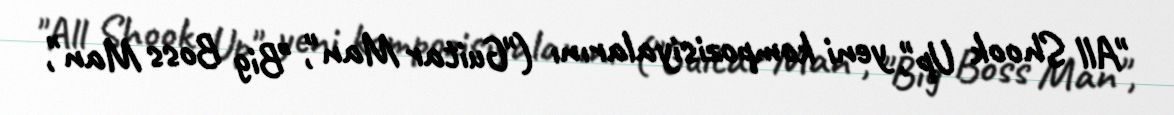
"All Shook Up", yeni kompozisiyalarını ("Guitar Man", "Big Boss Man",